Vaccination in the Punjab 1905-1918 - 1905-1918
Year: 1905
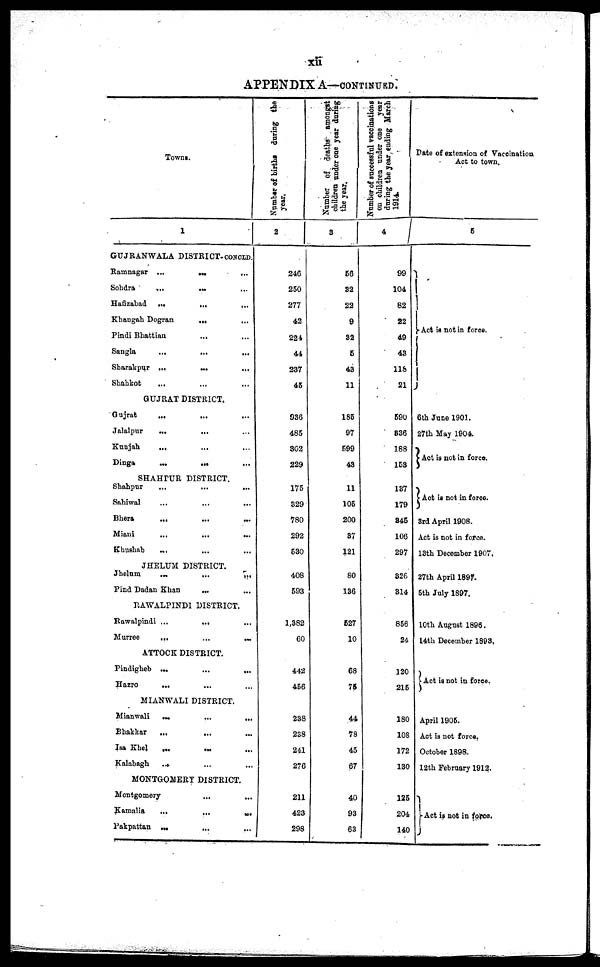
xii
APPENDIX A—CONTINUED.
Towns.
1
GUJRANWALA DISTRICT-CONCLD.
Ramnagar ...
... ...
Sohdra
... ... ...
Hafizabad
...
...
...
Khangah Dogran
... ...
Pindi Bhattian
...
...
Sangla
...
...
...
Sharakpur ...
...
...
Shahkot
... ... ...
GUJRAT DISTRICT.
Gujrat
...
...
...
Jalalpur
...
...
Kunjah
... ... ...
Dinga
...
... ...
SHAHPUR DISTRICT.
Shahpur ... ... ...
Sahiwal
...
...
...
Bhera
... ... ...
Miani
...
...
...
Khuahah
...
JHELUM DISTRICT.
Jhelum
...
...
...
Find Dadan Khan
... ... ...
RAWALPINDI DISTRICT.
Rawalpindi ...
... ...
Murree
... ... ...
ATTOCK DISTRICT.
Pindigheb
...
...
...
Hazro
... ... ...
MIANWALI DISTRICT.
Mianwali
...
...
...
Bhakkar
...
...
...
Isa Khel
...
...
...
Kalabagh ... ... ...
MONTGOMERY DISTRICT.
Montgomery
...
...
Kamalia
...
...
...
Pakpattan ...
...
...
Number of births during the
year.
2
246
250
277
42
224
44
237
45
936
485
302
229
175
329
780
292
530
408
593
1,382
60
442
456
238
238
241
276
211
423
298
Number of deaths amongst
children under one year during
the year.
3
56
32
22
9
32
5
43
11
185
97
599
43
11
105
200
37
121
80
136
527
10
68
75
44
78
45
67
40
93
63
Number of successful vaccinations
on children under one year
during the year ending March
1914.
4
99
104
82
22
49
43
118
21
590
836
188
153
137
179
345
106
297
326
314
856
24
120
215
180
108
172
130
125
204
140
Date of extension of Vaccination
Act to town.
5
Act is not in force.
6th June 1901.
27th May 1904.
Act is not in force.
Act is not in force.
3rd April 1908.
Act is not in force.
13th December 1907.
27th April 1897.
5th July 1897.
10th August 1896.
14th December 1893.
Act is not in force.
April 1905.
Act is not force.
October 1898.
12th February 1912.
Act is not in force.